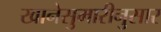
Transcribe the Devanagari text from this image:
खानेसुमारीनुसार